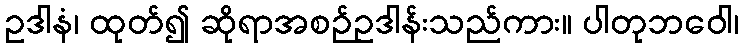
ဥဒါနံ၊ ထုတ်၍ ဆိုရာအစဉ်ဥဒါန်းသည်ကား။ ပါတုဘဝေါ၊